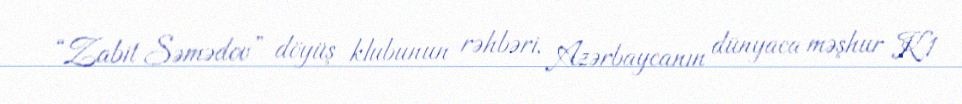
“Zabit Səmədov” döyüş klubunun rəhbəri, Azərbaycanın dünyaca məşhur K1